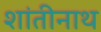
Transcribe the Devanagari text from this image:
शांतीनाथ